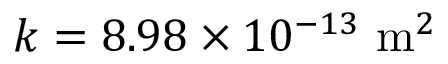
k = 8 . 9 8 \times 1 0 ^ { - 1 3 } \ \mathrm { m } ^ { 2 }